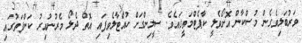
ވަރުބަލިވެގެން މުސްކާން އޮށޯވެލީ ކާޕެޓްމަތީގައެވެ. ސީލިންގަށް ހުއްޓާލެވިފައި އޮތް ދެލޯ މެރުނުއިރު ކަންފަތުގައި